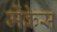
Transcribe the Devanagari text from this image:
मेंकेस